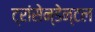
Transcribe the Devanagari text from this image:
ट्रांसेन्डेन्टल